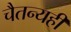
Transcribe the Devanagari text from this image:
चैतन्यही